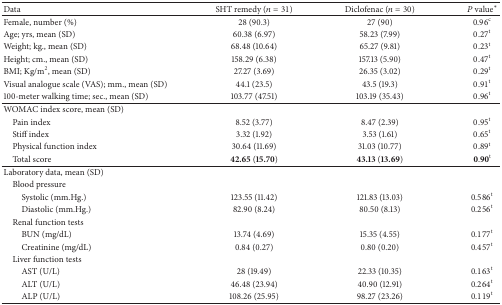
<table><thead><tr><td><b>Data</b></td><td><b>SHT remedy (<i>n</i> = 31)</b></td><td><b>Diclofenac (<i>n</i> = 30)</b></td><td><b><i>P</i> value<sup>*</sup></b></td></tr></thead><tbody><tr><td>Female, number (%)</td><td>28 (90.3)</td><td>27 (90)</td><td>0.96<sup>c</sup></td></tr><tr><td>Age; yrs, mean (SD)</td><td>60.38 (6.97)</td><td>58.23 (7.99)</td><td>0.27<sup>t</sup></td></tr><tr><td>Weight; kg., mean (SD)</td><td>68.48 (10.64)</td><td>65.27 (9.81)</td><td>0.23<sup>t</sup></td></tr><tr><td>Height; cm., mean (SD)</td><td>158.29 (6.38)</td><td>157.13 (5.90)</td><td>0.47<sup>t</sup></td></tr><tr><td>BMI; Kg/m<sup>2</sup>, mean (SD)</td><td>27.27 (3.69)</td><td>26.35 (3.02)</td><td>0.29<sup>t</sup></td></tr><tr><td>Visual analogue scale (VAS); mm., mean (SD)</td><td>44.1 (23.5)</td><td>43.5 (19.3)</td><td>0.91<sup>t</sup></td></tr><tr><td>100-meter walking time; sec., mean (SD)</td><td>103.77 (47.51)</td><td>103.19 (35.43)</td><td>0.96<sup>t</sup></td></tr><tr><td>WOMAC index score, mean (SD)</td><td> </td><td> </td><td> </td></tr><tr><td> Pain index</td><td>8.52 (3.77)</td><td>8.47 (2.39)</td><td>0.95<sup>t</sup></td></tr><tr><td> Stiff index</td><td>3.32 (1.92)</td><td>3.53 (1.61)</td><td>0.65<sup>t</sup></td></tr><tr><td> Physical function index</td><td>30.64 (11.69)</td><td>31.03 (10.77)</td><td>0.89<sup>t</sup></td></tr><tr><td> Total score</td><td><b>42.65</b> (<b>15.70</b>)</td><td><b>43.13</b> (<b>13.69</b>)</td><td>0.90<sup>t</sup></td></tr><tr><td>Laboratory data, mean (SD)</td><td> </td><td> </td><td> </td></tr><tr><td> Blood pressure</td><td> </td><td> </td><td> </td></tr><tr><td>Systolic (mm.Hg.)</td><td>123.55 (11.42)</td><td>121.83 (13.03)</td><td>0.586<sup>t</sup></td></tr><tr><td>Diastolic (mm.Hg.)</td><td>82.90 (8.24)</td><td>80.50 (8.13)</td><td>0.256<sup>t</sup></td></tr><tr><td> Renal function tests</td><td> </td><td> </td><td> </td></tr><tr><td>BUN (mg/dL)</td><td>13.74 (4.69)</td><td>15.35 (4.55)</td><td>0.177<sup>t</sup></td></tr><tr><td>Creatinine (mg/dL)</td><td>0.84 (0.27)</td><td>0.80 (0.20)</td><td>0.457<sup>t</sup></td></tr><tr><td> Liver function tests</td><td> </td><td> </td><td> </td></tr><tr><td>AST (U/L)</td><td>28 (19.49)</td><td>22.33 (10.35)</td><td>0.163<sup>t</sup></td></tr><tr><td>ALT (U/L)</td><td>46.48 (23.94)</td><td>40.90 (12.91)</td><td>0.264<sup>t</sup></td></tr><tr><td>ALP (U/L)</td><td>108.26 (25.95)</td><td>98.27 (23.26)</td><td>0.119<sup>t</sup></td></tr></tbody></table>